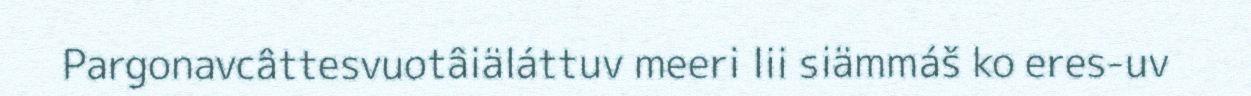
Pargonavcâttesvuotâiäláttuv meeri lii siämmáš ko eres-uv